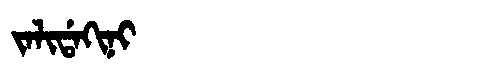
Manchu: ᠵᠠᠯᡳᡩᠠᡴᡳᠨᡳ
Romanization: JALIDAKINI